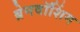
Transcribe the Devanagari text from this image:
ब्रेनवॉशिंग